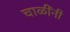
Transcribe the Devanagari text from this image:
चाळींनी